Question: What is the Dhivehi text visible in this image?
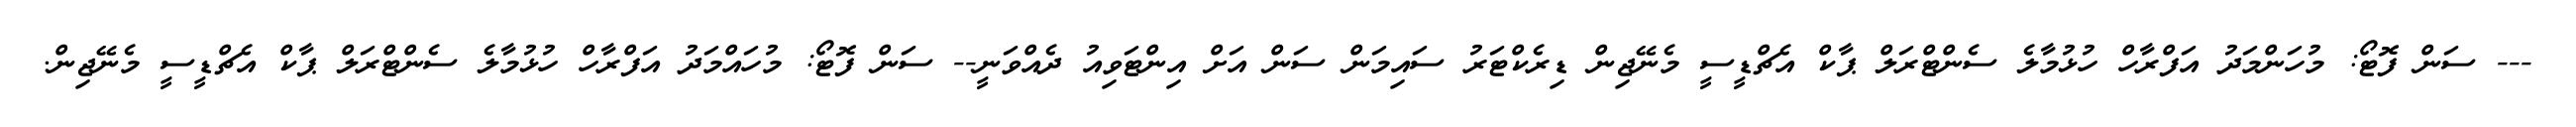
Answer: --- ސަން ފޮޓޯ: މުހަންމަދު އަފްރާހް ހުޅުމާލެ ސެންޓްރަލް ޕާކް އެޗްޑީސީ މެނޭޖިން ޑިރެކްޓަރު ސައިމަން ސަން އަށް އިންޓަވިއު ދެއްވަނީ-- ސަން ފޮޓޯ: މުހައްމަދު އަފްރާހް ހުޅުމާލެ ސެންޓްރަލް ޕާކް އެޗްޑީސީ މެނޭޖިން.